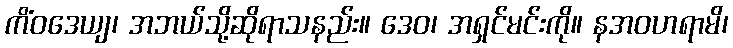
ကိံဝဒေယျ၊ အဘယ်သို့ဆိုရာသနည်း။ ဒေဝ၊ အရှင်မင်းကို။ နအဝဟရာမိ၊